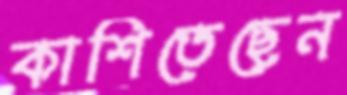
কাশিতেছেন